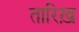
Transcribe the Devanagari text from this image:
तारिख़